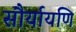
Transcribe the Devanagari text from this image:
सौर्यायणि